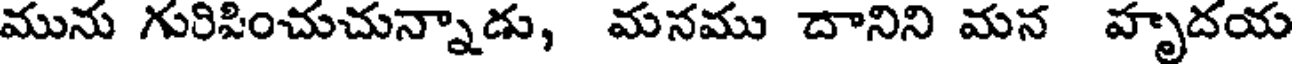
మును గురిపించుచున్నాడు, మనము దానిని మన హృదయ